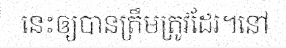
នេះឲ្យបានត្រឹមត្រូវដែរ។នៅ